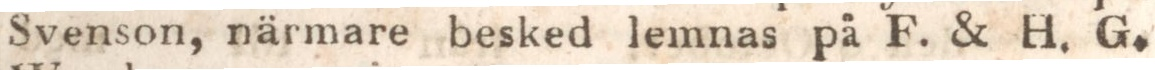
Svenson, närmare besked lemnas på F. & H. G.